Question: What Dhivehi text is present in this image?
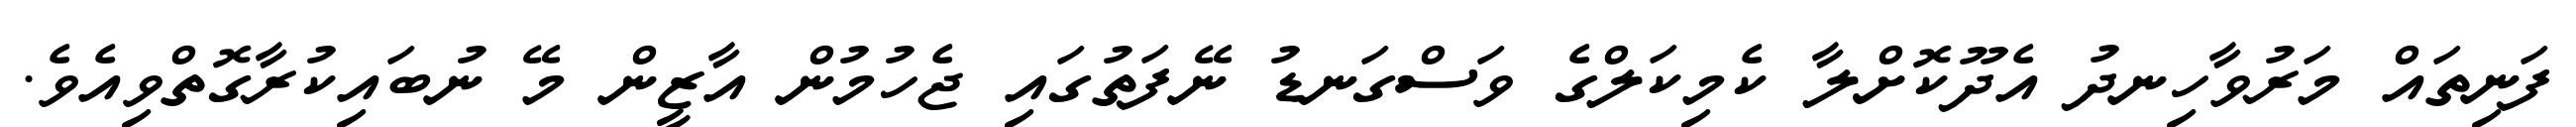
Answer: ފަނިތައް މަރުވާހިނދު އެދޫކޮށްލާ ކެމިކަލްގެ ވަސްގަނޑު ނޭފަތުގައި ޖެހުމުން އާޒީން މޭ ނުބައިކުރާގޮތްވިއެވެ.